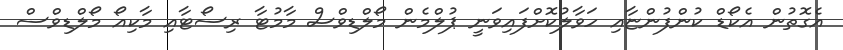
އެގޮތުން އެކޯޑް ކުންފުންޏާއި ހަވާލުކޮށްފައިވަނީ ޕުލްމެން މޯލްޑިވްސް މާމުޓާ ރިސޯޓާއި މާކިއޯ މޯލްޑިވްސް